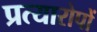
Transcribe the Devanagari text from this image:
प्रत्यारोपों